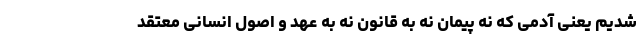
شدیم یعنی آدمی که نه پیمان نه به قانون نه به عهد و اصول انسانی معتقد